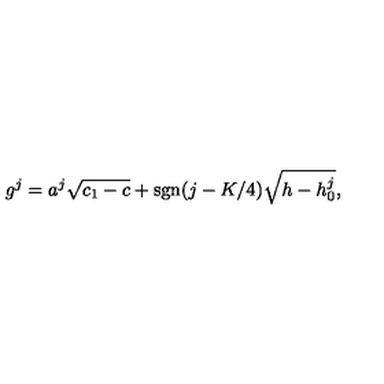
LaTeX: g ^ { j } = a ^ { j } \sqrt { c _ { 1 } - c } + \mathrm { s g n } ( j - K / 4 ) \sqrt { h - h _ { 0 } ^ { j } } { } ,